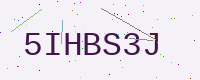
Text: 5IHBS3J